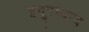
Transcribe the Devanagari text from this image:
इंदूरच्याच